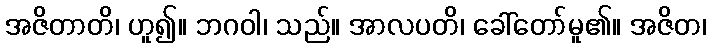
အဇိတာတိ၊ ဟူ၍။ ဘဂဝါ၊ သည်။ အာလပတိ၊ ခေါ်တော်မူ၏။ အဇိတ၊